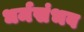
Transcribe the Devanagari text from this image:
धर्मसंभव